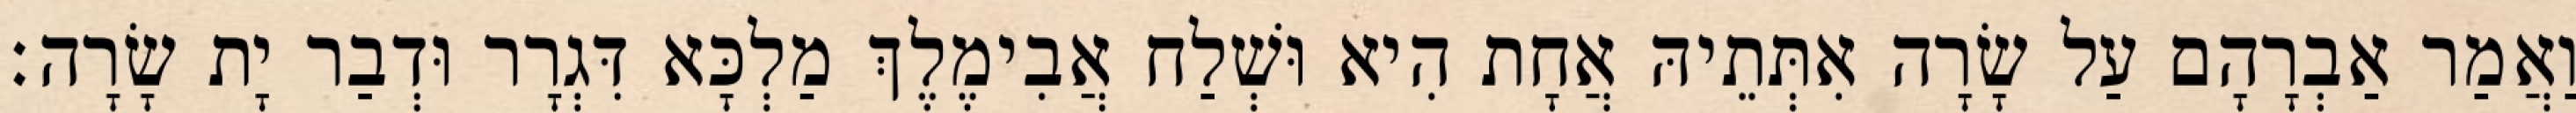
וַאֲמַר אַבְרָהָם עַל שָׂרָה אִתְּתֵיהּ אֲחָת הִיא וּשְׁלַח אֲבִימֶלֶךְ מַלְכָּא דִּגְרָר וּדְבַר יָת שָׂרָה׃